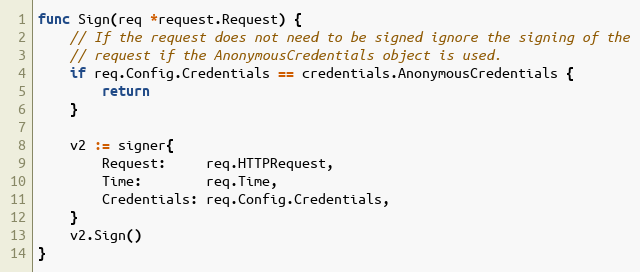
Language: Go
func Sign(req *request.Request) {
	// If the request does not need to be signed ignore the signing of the
	// request if the AnonymousCredentials object is used.
	if req.Config.Credentials == credentials.AnonymousCredentials {
		return
	}

	v2 := signer{
		Request:     req.HTTPRequest,
		Time:        req.Time,
		Credentials: req.Config.Credentials,
	}
	v2.Sign()
}